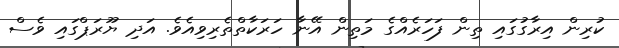
ކުރިން އިރާގުގައި ތިން ފަހަރެއްގެ މަތިން އޭނާ ހަރަކާތްތެރިވިއެވެ. އަދި ޔޫރަޕްގައި ވެސް